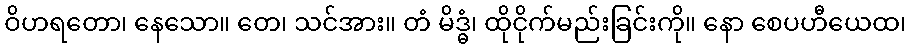
ဝိဟရတော၊ နေသော။ တေ၊ သင်အား။ တံ မိဒ္ဓံ၊ ထိုငိုက်မည်းခြင်းကို။ နော စေပဟီယေထ၊